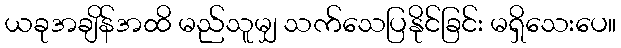
ယခုအချိန်အထိ မည်သူမျှ သက်သေပြနိုင်ခြင်း မရှိသေးပေ။